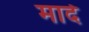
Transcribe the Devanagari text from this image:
मादे